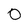
Character: O